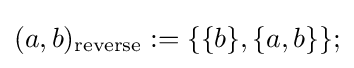
(a,b)_{\text{reverse}}:=\{\{b\},\{a,b\}\};